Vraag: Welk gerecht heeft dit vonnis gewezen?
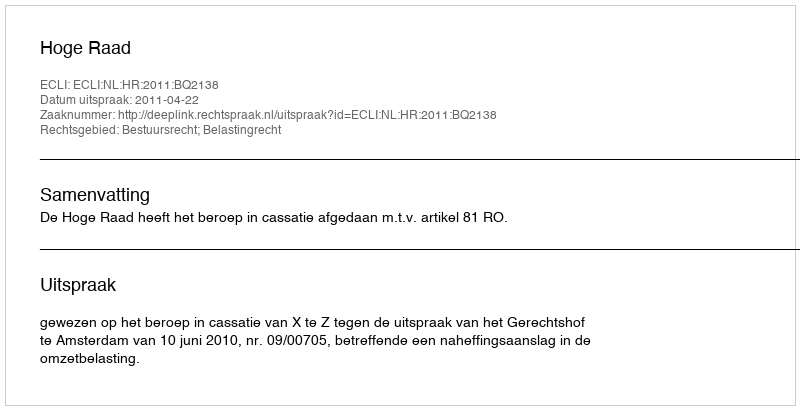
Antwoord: Hoge Raad